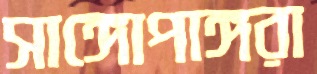
সাঙ্গোপাঙ্গরা